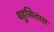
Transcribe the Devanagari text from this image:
बहुसितारा